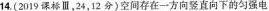
14.(2019课标Ⅲ，24，12分)空间存在一方向竖直向下的匀强电